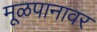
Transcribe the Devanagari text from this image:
मूळपानावर